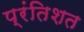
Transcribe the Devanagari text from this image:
प्रंतिशत